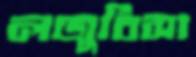
লজুবিসা